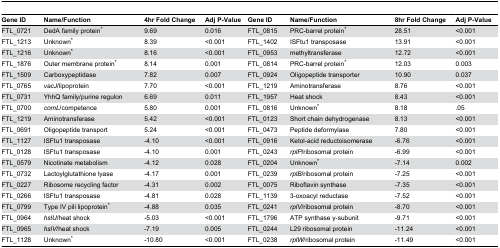
<table><thead><tr><td><b>Gene ID</b></td><td><b>Name/Function</b></td><td><b>4hr Fold Change</b></td><td><b>Adj P-Value</b></td><td><b>Gene ID</b></td><td><b>Name/Function</b></td><td><b>8hr Fold Change</b></td><td><b>Adj P-Value</b></td></tr></thead><tbody><tr><td>FTL_0721</td><td>DedA family protein*</td><td>9.69</td><td>0.016</td><td>FTL_0815</td><td>PRC-barrel protein*</td><td>28.51</td><td>&lt;0.001</td></tr><tr><td>FTL_1213</td><td>Unknown*</td><td>8.39</td><td>&lt;0.001</td><td>FTL_1402</td><td>ISFtu1 transposase</td><td>13.91</td><td>&lt;0.001</td></tr><tr><td>FTL_1216</td><td>Unknown*</td><td>8.16</td><td>&lt;0.001</td><td>FTL_0953</td><td>methyltransferase</td><td>12.72</td><td>&lt;0.001</td></tr><tr><td>FTL_1876</td><td>Outer membrane protein*</td><td>8.14</td><td>0.001</td><td>FTL_0814</td><td>PRC-barrel protein*</td><td>12.03</td><td>0.003</td></tr><tr><td>FTL_1509</td><td>Carboxypeptidase</td><td>7.82</td><td>0.007</td><td>FTL_0924</td><td>Oligopeptide transporter</td><td>10.90</td><td>0.037</td></tr><tr><td>FTL_0765</td><td><i>vacJ</i>/lipoprotein</td><td>7.70</td><td>&lt;0.001</td><td>FTL_1219</td><td>Aminotransferase</td><td>8.76</td><td>&lt;0.001</td></tr><tr><td>FTL_0731</td><td>YhhQ family/purine regulon</td><td>6.69</td><td>0.011</td><td>FTL_1957</td><td>Heat shock</td><td>8.43</td><td>&lt;0.001</td></tr><tr><td>FTL_0700</td><td><i>comL</i>/competence</td><td>5.80</td><td>0.001</td><td>FTL_0816</td><td>Unknown*</td><td>8.18</td><td>.05</td></tr><tr><td>FTL_1219</td><td>Aminotransferase</td><td>5.42</td><td>&lt;0.001</td><td>FTL_0123</td><td>Short chain dehydrogenase</td><td>8.13</td><td>&lt;0.001</td></tr><tr><td>FTL_0691</td><td>Oligopeptide transport</td><td>5.24</td><td>&lt;0.001</td><td>FTL_0473</td><td>Peptide deformylase</td><td>7.80</td><td>&lt;0.001</td></tr><tr><td>FTL_1127</td><td>ISFtu1 transposase</td><td>-4.10</td><td>&lt;0.001</td><td>FTL_0916</td><td>Ketol-acid reductoisomerase</td><td>-6.76</td><td>&lt;0.001</td></tr><tr><td>FTL_0128</td><td>ISFtu1 transposase</td><td>-4.10</td><td>0.001</td><td>FTL_0243</td><td><i>rplP</i>/ribosomal protein</td><td>-6.99</td><td>&lt;0.001</td></tr><tr><td>FTL_0579</td><td>Nicotinate metabolism</td><td>-4.12</td><td>0.028</td><td>FTL_0204</td><td>Unknown*</td><td>-7.14</td><td>0.002</td></tr><tr><td>FTL_0732</td><td>Lactoylglutathione lyase</td><td>-4.17</td><td>0.001</td><td>FTL_0239</td><td><i>rplB</i>/ribosomal protein</td><td>-7.25</td><td>&lt;0.001</td></tr><tr><td>FTL_0227</td><td>Ribosome recycling factor</td><td>-4.31</td><td>0.002</td><td>FTL_0075</td><td>Riboflavin synthase</td><td>-7.35</td><td>&lt;0.001</td></tr><tr><td>FTL_0266</td><td>ISFtu1 transposase</td><td>-4.81</td><td>0.028</td><td>FTL_1139</td><td>3-oxoacyl reductase</td><td>-7.52</td><td>&lt;0.001</td></tr><tr><td>FTL_0799</td><td>Type IV pili lipoprotein*</td><td>-4.88</td><td>0.035</td><td>FTL_0241</td><td><i>rplV</i>/ribosomal protein</td><td>-8.70</td><td>&lt;0.001</td></tr><tr><td>FTL_0964</td><td><i>hslU</i>/heat shock</td><td>-5.03</td><td>&lt;0.001</td><td>FTL_1796</td><td>ATP synthase γ-subunit</td><td>-9.71</td><td>&lt;0.001</td></tr><tr><td>FTL_0965</td><td><i>hslV</i>/heat shock</td><td>-7.19</td><td>0.005</td><td>FTL_0244</td><td>L29 ribosomal protein</td><td>-11.24</td><td>&lt;0.001</td></tr><tr><td>FTL_1128</td><td>Unknown*</td><td>-10.80</td><td>&lt;0.001</td><td>FTL_0238</td><td><i>rplW</i>/ribosomal protein</td><td>-11.49</td><td>&lt;0.001</td></tr></tbody></table>